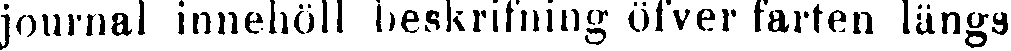
journal innehöll beskrifning öfver farten längs